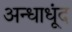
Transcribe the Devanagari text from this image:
अन्धाधूंद